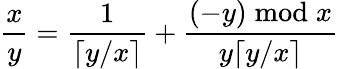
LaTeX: {\frac{x}{y}}={\frac{1}{\lceil y/x\rceil}}+{\frac{(-y){\bmod{x}}}{y\lceil y/x\rceil}}